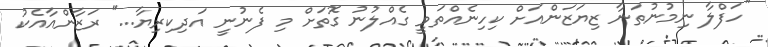
''ހަފްލާ ނިމުނުތަނާ ޒިޔަޒަންއަށް ކިހިނެއްތަވީ ގެއްލުނު ގޮތަށް މި ފެނުނީ އަދިކިރިޔާ...'' ރަޒާންއާއެކު